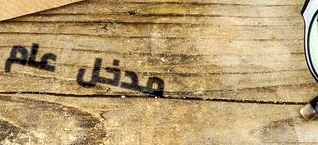
مدخل عام